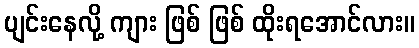
ပျင်းနေလို့ ကျား ဖြစ် ဖြစ် ထိုးရအောင်လား။